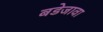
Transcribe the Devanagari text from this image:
बडेजावा